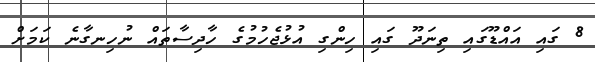
8 ގައި އައްޑޫގައި ތިނަދޫ ގައި ހިންގި އުޅުޖެހުމުގެ ހާދިސާތައް ނުހިނގާނެ ކަމަށް